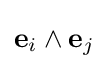
{\mathbf {e} }_{i}\wedge {\mathbf {e} }_{j}